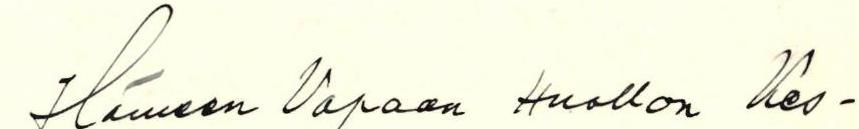
Hämeen Vapaan Huollon Kes-